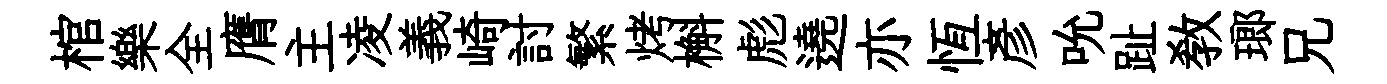
棺樂全膺主凌義崎討繁烤槲彪遶亦恆彦吮趾敎瑯兄